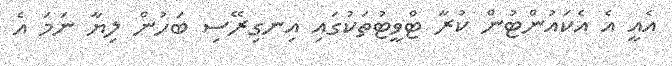
އެއީ އެ އެކައުންޓުން ކުރާ ޓްވީޓުތަކުގައި އިނގިރޭސި ބަހުން ލިޔާ ނަމަ އެ